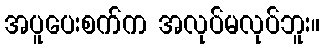
အပူပေးစက်က အလုပ်မလုပ်ဘူး။